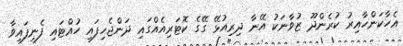
އެހާކަންހާއިރު ކުރެންދޫ ޒުވާނަކު އޭނާ ދިރިއުޅޭ ގޭގެ ކޮޓަރިއެއްގައި ދަންޖެހިފައި ހުއްޓައި ފެނިފައިވާ